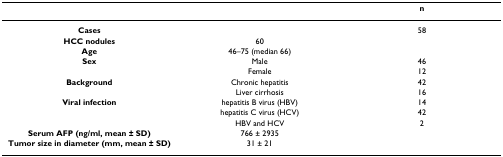
<table><thead><tr><td></td><td></td><td><b>n</b></td></tr></thead><tbody><tr><td><b>Cases</b></td><td></td><td>58</td></tr><tr><td><b>HCC nodules</b></td><td>60</td><td></td></tr><tr><td><b>Age</b></td><td>46–75 (median 66)</td><td></td></tr><tr><td><b>Sex</b></td><td>Male</td><td>46</td></tr><tr><td></td><td>Female</td><td>12</td></tr><tr><td><b>Background</b></td><td>Chronic hepatitis</td><td>42</td></tr><tr><td></td><td>Liver cirrhosis</td><td>16</td></tr><tr><td><b>Viral infection</b></td><td>hepatitis B virus (HBV)</td><td>14</td></tr><tr><td></td><td>hepatitis C virus (HCV)</td><td>42</td></tr><tr><td></td><td>HBV and HCV</td><td>2</td></tr><tr><td><b>Serum AFP (ng/ml, mean – SD)</b></td><td>766 – 2935</td><td></td></tr><tr><td><b>Tumor size in diameter (mm, mean – SD)</b></td><td>31 – 21</td><td></td></tr></tbody></table>